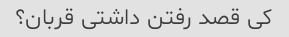
کی قصد رفتن داشتی قربان؟